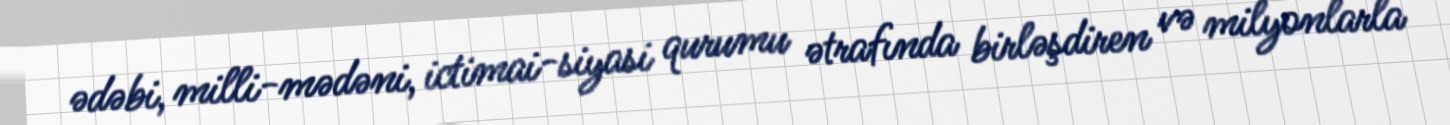
ədəbi, milli-mədəni, ictimai-siyasi qurumu ətrafında birləşdiren və milyonlarla